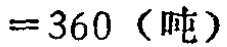
$=360 \text{（吨）}$